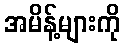
အမိန့်များကို